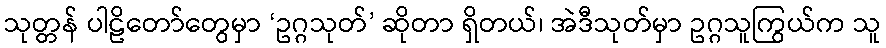
သုတ္တန် ပါဠိတော်တွေမှာ ‘ဥဂ္ဂသုတ်’ ဆိုတာ ရှိတယ်၊ အဲဒီသုတ်မှာ ဥဂ္ဂသူကြွယ်က သူ